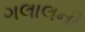
ગલાલની